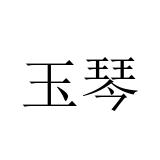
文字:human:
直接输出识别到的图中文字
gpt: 玉琴